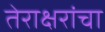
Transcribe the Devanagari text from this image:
तेराक्षरांचा